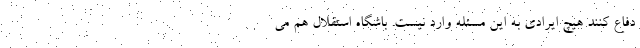
دفاع کنند هیچ ایرادی به این مسئله وارد نیست. باشگاه استقلال هم می